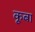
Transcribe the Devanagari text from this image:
कूबा